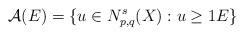
LaTeX: \begin{align*}\mathcal A(E)=\{u\in N_{p,q}^s(X): u\ge 1 E\}\end{align*}